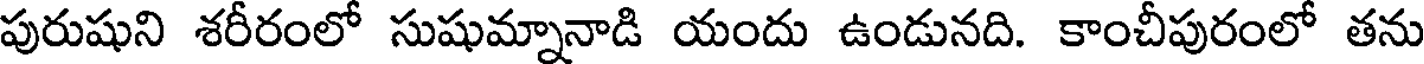
పురుషుని శరీరంలో సుషుమ్నానాడి యందు ఉండునది. కాంచీపురంలో తను